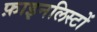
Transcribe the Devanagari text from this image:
फ़ाइनलिस्टों